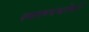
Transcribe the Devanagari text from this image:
स्वरूपबोधों